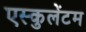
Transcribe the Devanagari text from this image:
एस्कुलेंटम